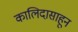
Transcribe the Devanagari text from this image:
कालिदासाहून